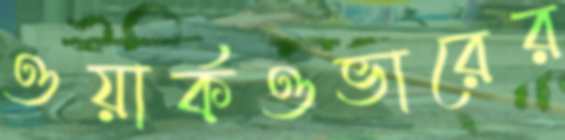
ওয়ার্কওভারের